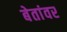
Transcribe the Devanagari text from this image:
बेतांवर